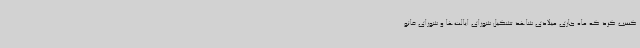
کسب کرد که ماه جاری میلادی شاهد تشکیل شورای ایالت‌ها و شورای قانو